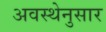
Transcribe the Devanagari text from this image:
अवस्थेनुसार